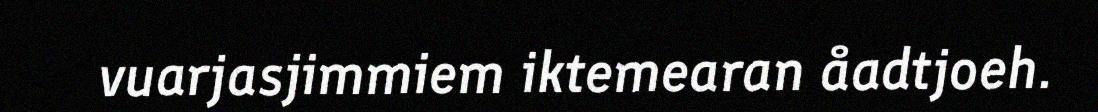
vuarjasjimmiem iktemearan åadtjoeh.